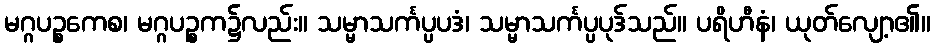
မဂ္ဂပဉ္စကေစ၊ မဂ္ဂပဉ္စက၌လည်း။ သမ္မာသင်္ကပ္ပပဒံ၊ သမ္မာသင်္ကပ္ပပုဒ်သည်။ ပရိဟီနံ၊ ယုတ်လျော့၏။